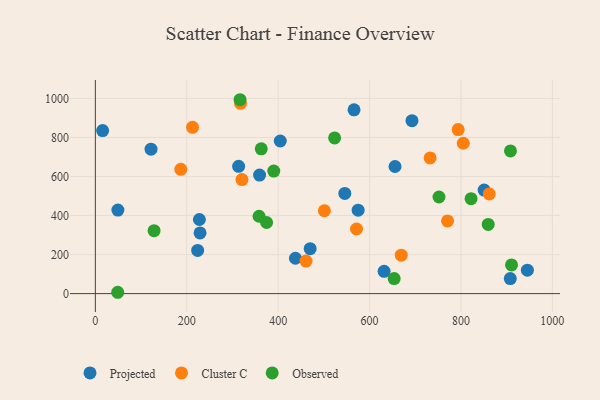
{"axis": {"x": "Speed", "y": "Rating"}, "legend": ["Cluster C", "Observed", "Projected"], "data": [{"x": "850.7", "y": 530.4, "type": "Projected"}, {"x": "49.3", "y": 427.8, "type": "Projected"}, {"x": "223.8", "y": 221.1, "type": "Projected"}, {"x": "470.0", "y": 230.5, "type": "Projected"}, {"x": "566.0", "y": 941.6, "type": "Projected"}, {"x": "545.8", "y": 513.5, "type": "Projected"}, {"x": "631.8", "y": 114.4, "type": "Projected"}, {"x": "575.0", "y": 427.7, "type": "Projected"}, {"x": "229.1", "y": 311.1, "type": "Projected"}, {"x": "907.9", "y": 76.9, "type": "Projected"}, {"x": "692.8", "y": 886.2, "type": "Projected"}, {"x": "945.3", "y": 120.0, "type": "Projected"}, {"x": "121.8", "y": 740.1, "type": "Projected"}, {"x": "227.6", "y": 379.8, "type": "Projected"}, {"x": "359.3", "y": 607.3, "type": "Projected"}, {"x": "655.7", "y": 651.4, "type": "Projected"}, {"x": "437.8", "y": 181.3, "type": "Projected"}, {"x": "313.5", "y": 652.3, "type": "Projected"}, {"x": "15.9", "y": 835.6, "type": "Projected"}, {"x": "404.6", "y": 781.9, "type": "Projected"}, {"x": "770.6", "y": 372.3, "type": "Cluster C"}, {"x": "460.9", "y": 166.7, "type": "Cluster C"}, {"x": "805.0", "y": 770.4, "type": "Cluster C"}, {"x": "793.8", "y": 840.4, "type": "Cluster C"}, {"x": "669.3", "y": 197.0, "type": "Cluster C"}, {"x": "732.5", "y": 695.0, "type": "Cluster C"}, {"x": "861.9", "y": 510.6, "type": "Cluster C"}, {"x": "317.6", "y": 974.7, "type": "Cluster C"}, {"x": "571.4", "y": 331.1, "type": "Cluster C"}, {"x": "320.8", "y": 584.1, "type": "Cluster C"}, {"x": "186.9", "y": 636.8, "type": "Cluster C"}, {"x": "501.1", "y": 424.6, "type": "Cluster C"}, {"x": "212.6", "y": 852.0, "type": "Cluster C"}, {"x": "363.0", "y": 741.8, "type": "Observed"}, {"x": "908.3", "y": 731.3, "type": "Observed"}, {"x": "358.2", "y": 396.5, "type": "Observed"}, {"x": "316.6", "y": 993.4, "type": "Observed"}, {"x": "910.6", "y": 147.2, "type": "Observed"}, {"x": "390.4", "y": 627.7, "type": "Observed"}, {"x": "751.9", "y": 495.1, "type": "Observed"}, {"x": "48.9", "y": 6.9, "type": "Observed"}, {"x": "374.7", "y": 364.4, "type": "Observed"}, {"x": "523.5", "y": 797.7, "type": "Observed"}, {"x": "859.6", "y": 354.5, "type": "Observed"}, {"x": "822.1", "y": 486.6, "type": "Observed"}, {"x": "653.8", "y": 77.3, "type": "Observed"}, {"x": "128.5", "y": 322.5, "type": "Observed"}]}